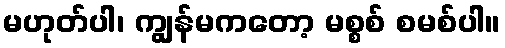
မဟုတ်ပါ၊ ကျွန်မကတော့ မစ္စစ် စမစ်ပါ။